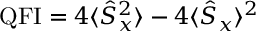
\mathrm { Q F I } = 4 \langle \hat { S } _ { x } ^ { 2 } \rangle - 4 \langle \hat { S } _ { x } \rangle ^ { 2 }